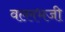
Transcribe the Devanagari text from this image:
वल्लभजी